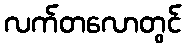
လက်တလောတွင်